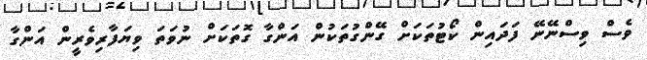
ވެސް ވިސްނޭނޭ ފަދައިން ކޯޓުތަކަށް ގޭންގުތަކުން އަންގާ ގޮތަކަށް ނުވަތަ ވިޔަފާރިވެރީން އަންގާ